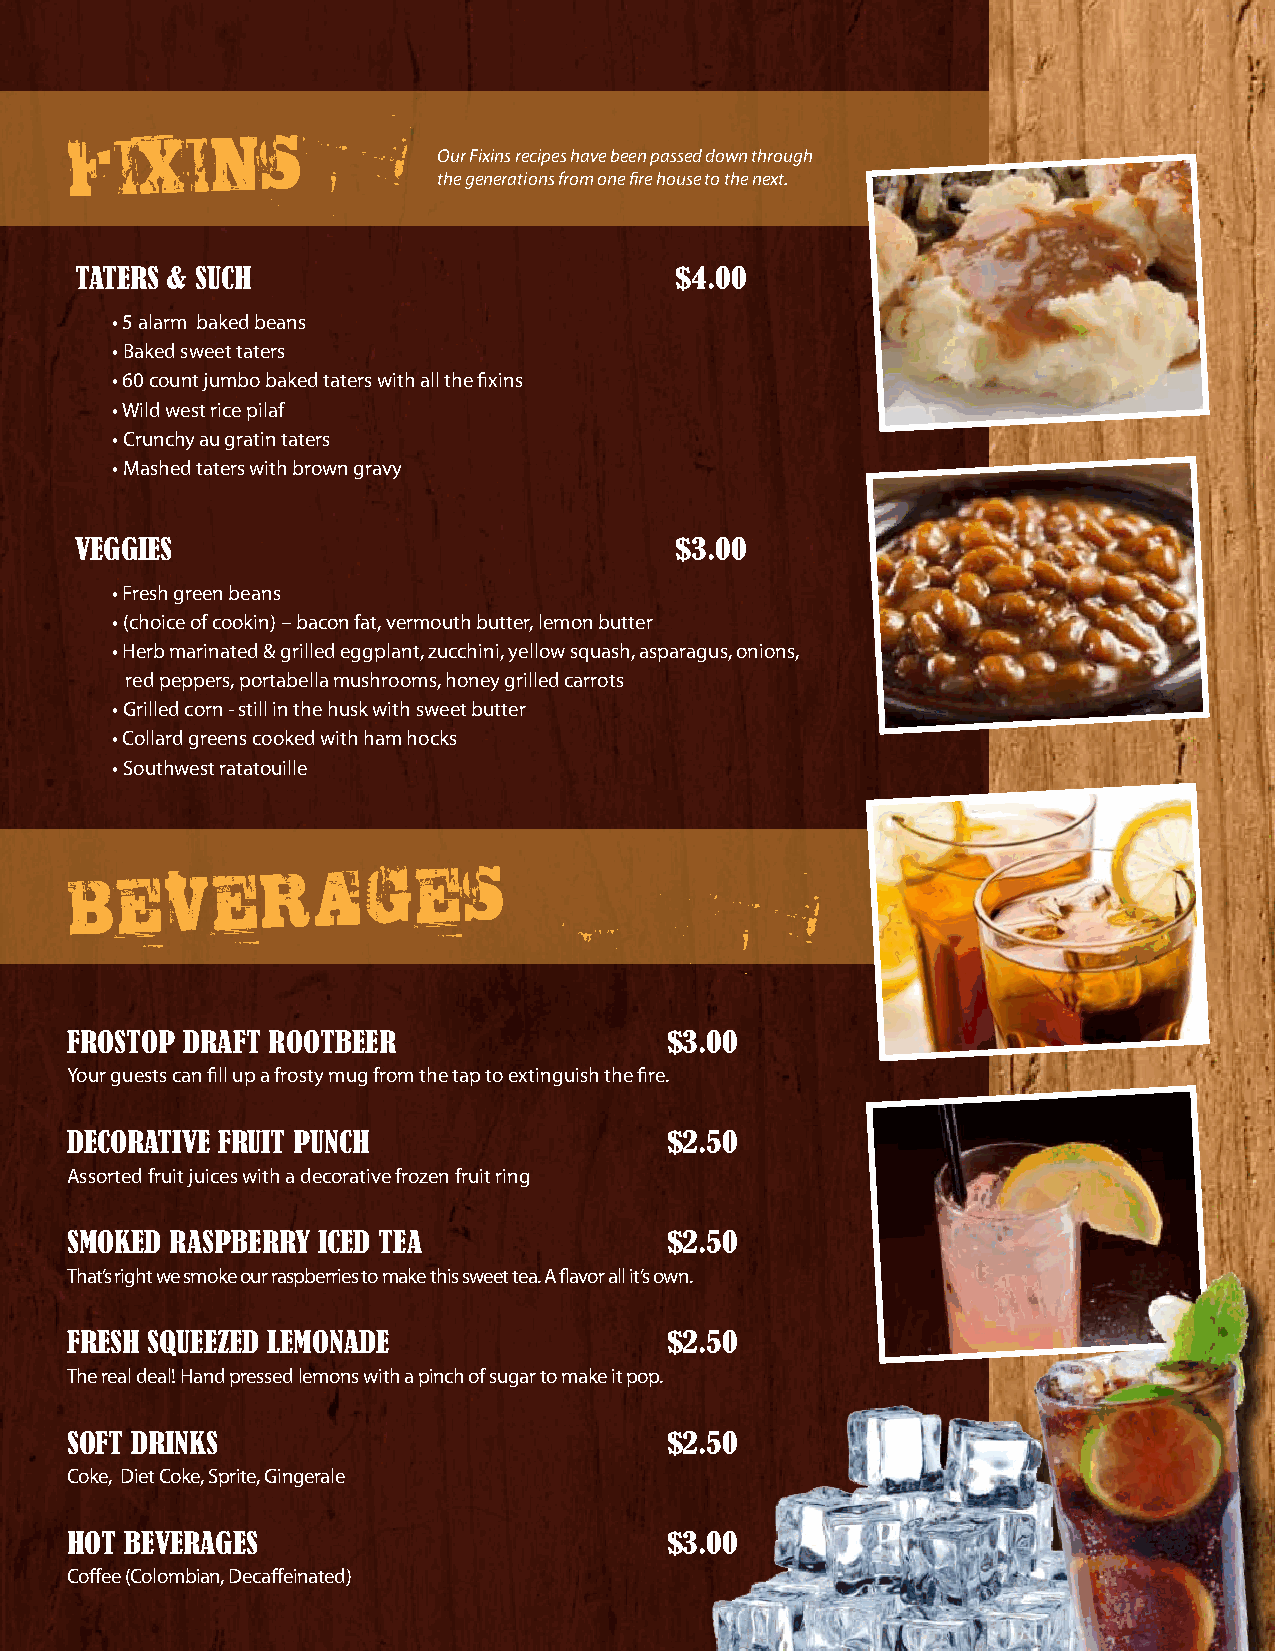
Our Fixins recipes have been passed down through
 FIXINS
 the generations from one fire house to the next.
 taters & such                           $4.00
 • 5 alarm baked beans
 • Baked sweet taters
 • 60 count jumbo baked taters with all the fixins
 • Wild west rice pilaf
 • Crunchy au gratin taters
 • Mashed taters with brown gravy
 veggies                                 $3.00
 • Fresh green beans
 • (choice of cookin) – bacon fat, vermouth butter, lemon butter
 • Herb marinated & grilled eggplant, zucchini, yellow squash, asparagus, onions,
 red peppers, portabella mushrooms, honey grilled carrots
 • Grilled corn - still in the husk with sweet butter
 • Collard greens cooked with ham hocks
 • Southwest ratatouille
 BEVERAGES
 frostoP Draft rootbeer                  $3.00
 Your guests can fill up a frosty mug from the tap to extinguish the fire.
 Decorative fruit Punch                  $2.50
 Assorted fruit juices with a decorative frozen fruit ring
 smokeD rasPberry iceD tea               $2.50
 That’s right we smoke our raspberries to make this sweet tea. A flavor all it’s own.
 fresh sQueezeD lemonaDe                 $2.50
 The real deal! Hand pressed lemons with a pinch of sugar to make it pop.
 soft Drinks                             $2.50
 Coke, Diet Coke, Sprite, Gingerale
 hot beverages                           $3.00
 Coffee (Colombian, Decaffeinated)